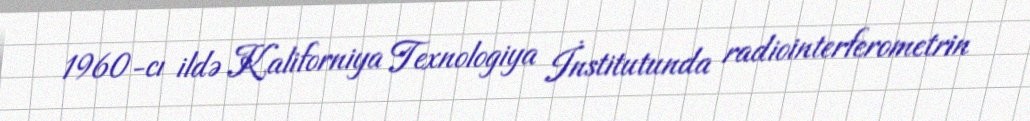
1960-cı ildə Kaliforniya Texnologiya İnstitutunda radiointerferometrin